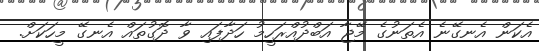
އެކަން އެނގޭނެ އެތަނުގެ މޭޖާ އަބްދުއްރަހީމު ހަދާފައި ވާ ދޮގުތައް އެނގޭ މީހަކަށް.